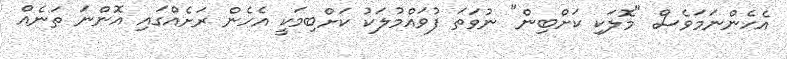
އެހެންނަމަވެސް "މޮލަކި ކަށްބިން" ނުވަތަ ފުވައްމުލަކު ކަށްބިމަކީ އެހެން ރަށެއްގައި އޮންނަ ތަނެއް